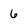
Character: 6